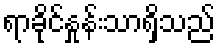
ရာခိုင်နှုန်းသာရှိသည်